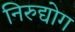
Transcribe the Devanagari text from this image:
निरुद्योग